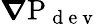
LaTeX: \boldsymbol{\nabla}\mathrm{P}_{\mathrm{~d~e~v~}}